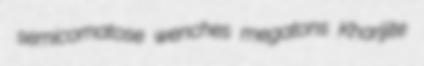
semicomatose wenches megatons Kharijite